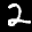
Label: 2